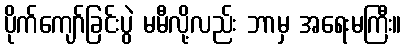
ပိုက်ကျော်ခြင်းပွဲ မမီလို့လည်း ဘာမှ အရေးမကြီး။